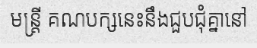
មន្ត្រី គណបក្សនេះនឹងជួបជុំគ្នានៅ